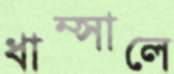
ধাম্‌সালে